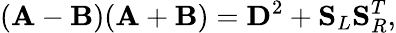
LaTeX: (\mathbf{A}-\mathbf{B})(\mathbf{A}+\mathbf{B})=\mathbf{D}^{2}+\mathbf{S}_{L}\mathbf{S}_{R}^{T},